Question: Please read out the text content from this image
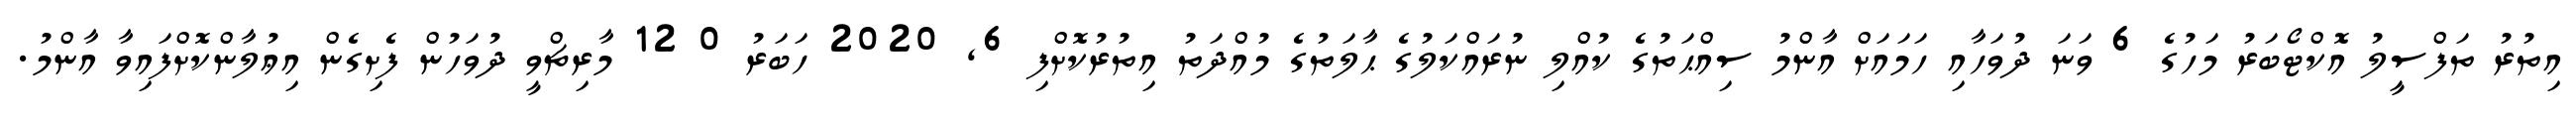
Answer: އިތުރު ތަފްސީލު އޮކްޓޯބަރު މަހުގެ 6 ވަނަ ދުވަހާއި ހަމައަށް އާންމު ސިއްޙަތުގެ ކުއްލި ނުރައްކަލުގެ ޙާލަތުގެ މުއްދަތު އިތުރުކޮށްފި 6, 2020 ހަބަރު 0 12 މާރިޗްވީ ދުވަހުން ފެށިގެން އިޢުލާންކޮށްފައިވާ އާންމު.